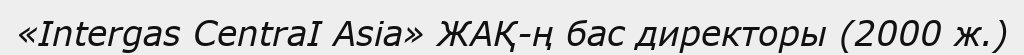
«Intergas CentraI Asia» ЖАҚ-ң бас директоры (2000 ж.)